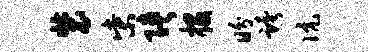
装柴陕投盼跨伉